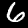
Label: 6